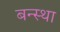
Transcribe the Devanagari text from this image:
बन्स्था